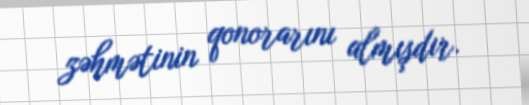
zəhmətinin qonorarını almışdır.